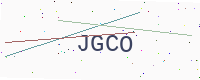
Text: JGCO